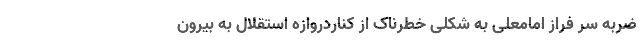
ضربه سر فراز امامعلی به شکلی خطرناک از کناردروازه استقلال به بیرون